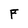
Character: F